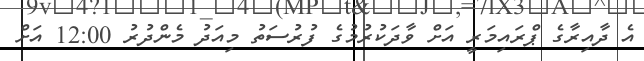
އެ ދާއިރާގެ ޕްރައިމަރީ އަށް ވާދަކުރުމުގެ ފުރުސަތު މިއަދު މެންދުރު 12:00 އަށް